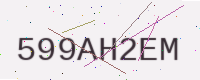
Text: 599AH2EM